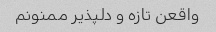
واقعن تازه و دلپذیر ممنونم